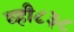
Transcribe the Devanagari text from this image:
व्ही८३८